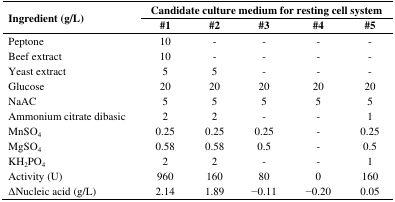
| <ROWSPAN=3> Ingredient (g/L) | <COLSPAN=5> Candidate culture medium for resting cell system |
 | #1 | #2 | #3 | #4 | #5 |
 | --- | --- | --- | --- | --- | --- |
 | Peptone | 10 | - | - | - | - |
 | Beef extract | 10 | - | - | - | - |
 | Yeast extract | 5 | 5 | - | - | - |
 | Glucose | 20 | 20 | 20 | 20 | 20 |
 | NaAC | 5 | 5 | 5 | 5 | 5 |
 | Ammonium citrate dibasic | 2 | 2 | - | - | 1 |
 | MnSO4 | 0.25 | 0.25 | 0.25 | - | 0.25 |
 | MgSO4 | 0.58 | 0.58 | 0.5 | - | 0.5 |
 | KH2PO4 | 2 | 2 | - | - | 1 |
 | Activity (U) | 960 | 160 | 80 | 0 | 160 |
 | ΔNucleic acid (g/L) | 2.14 | 1.89 | −0.11 | −0.20 | 0.05 |